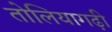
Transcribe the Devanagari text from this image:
तोलियागढ़ी